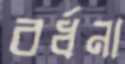
বর্ধনা